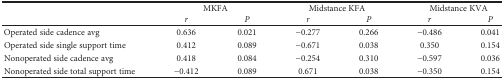
<table><thead><tr><td></td><td colspan="2"><b>MKFA</b></td><td colspan="2"><b>Midstance KFA</b></td><td colspan="2"><b>Midstance KVA</b></td></tr><tr><td></td><td><b><i>r</i></b></td><td><b><i>P</i></b></td><td><b><i>r</i></b></td><td><b><i>P</i></b></td><td><b><i>r</i></b></td><td><b><i>P</i></b></td></tr></thead><tbody><tr><td>Operated side cadence avg</td><td>0.636</td><td>0.021</td><td>−0.277</td><td>0.266</td><td>−0.486</td><td>0.041</td></tr><tr><td>Operated side single support time</td><td>0.412</td><td>0.089</td><td>−0.671</td><td>0.038</td><td>0.350</td><td>0.154</td></tr><tr><td>Nonoperated side cadence avg</td><td>0.418</td><td>0.084</td><td>−0.254</td><td>0.310</td><td>−0.597</td><td>0.036</td></tr><tr><td>Nonoperated side total support time</td><td>−0.412</td><td>0.089</td><td>0.671</td><td>0.038</td><td>−0.350</td><td>0.154</td></tr></tbody></table>